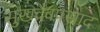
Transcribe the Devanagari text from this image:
सुखदेवप्रसाद